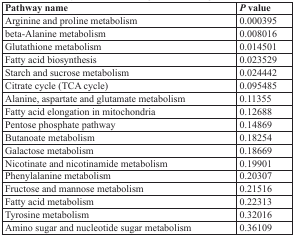
<table><thead><tr><td><b>Pathway name</b></td><td><b><i>P</i> value</b></td></tr></thead><tbody><tr><td>Arginine and proline metabolism</td><td>0.000395</td></tr><tr><td>beta-Alanine metabolism</td><td>0.008016</td></tr><tr><td>Glutathione metabolism</td><td>0.014501</td></tr><tr><td>Fatty acid biosynthesis</td><td>0.023529</td></tr><tr><td>Starch and sucrose metabolism</td><td>0.024442</td></tr><tr><td>Citrate cycle (TCA cycle)</td><td>0.095485</td></tr><tr><td>Alanine, aspartate and glutamate metabolism</td><td>0.11355</td></tr><tr><td>Fatty acid elongation in mitochondria</td><td>0.12688</td></tr><tr><td>Pentose phosphate pathway</td><td>0.14869</td></tr><tr><td>Butanoate metabolism</td><td>0.18254</td></tr><tr><td>Galactose metabolism</td><td>0.18669</td></tr><tr><td>Nicotinate and nicotinamide metabolism</td><td>0.19901</td></tr><tr><td>Phenylalanine metabolism</td><td>0.20307</td></tr><tr><td>Fructose and mannose metabolism</td><td>0.21516</td></tr><tr><td>Fatty acid metabolism</td><td>0.22313</td></tr><tr><td>Tyrosine metabolism</td><td>0.32016</td></tr><tr><td>Amino sugar and nucleotide sugar metabolism</td><td>0.36109</td></tr></tbody></table>